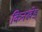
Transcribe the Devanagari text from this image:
किनखेड